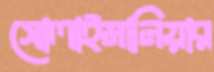
সোলাইমানিয়ার